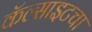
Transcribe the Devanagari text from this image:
कॅल्साइटचा